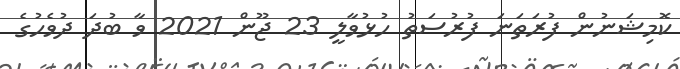
ކޮމިޝަނުން ފުރަތަނަ ފުރުސަތު ހުޅުވާލީ 23 ޖޫން 2021 ވާ ބުދަ ދުވެހުގެ